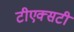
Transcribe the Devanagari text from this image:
टीएक्सटी